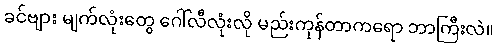
ခင်ဗျား မျက်လုံးတွေ ဂေါ်လီလုံးလို မည်းကုန်တာကရော ဘာကြီးလဲ။